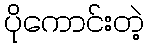
ပိုကောင်းတဲ့